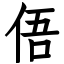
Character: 俉